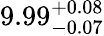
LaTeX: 9.99_{-0.07}^{+0.08}